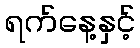
ရက်နေ့နှင့်